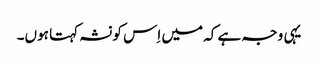
یہی وجہ ہے کہ میں اِس کو نشہ کہتا ہوں۔